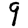
Digit: 9